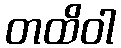
တထိဝါ